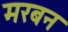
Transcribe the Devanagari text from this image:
मरबन